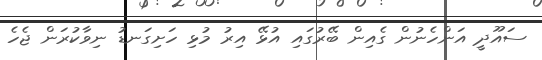
ސައޫދީ އަންހެނުން ގެއިން ބޭރުގައި އުޅޭ އިރު މުޅި ހަށިގަނޑު ނިވާކުރަން ޖެހެ